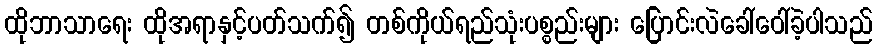
ထိုဘာသာရေး ထိုအရာနှင့်ပတ်သက်၍ တစ်ကိုယ်ရည်သုံးပစ္စည်းများ ပြောင်းလဲခေါ်ဝေါ်ခဲ့ပါသည်